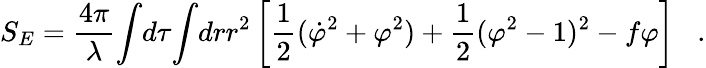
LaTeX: S_{E}=\frac{4\pi}{\lambda}{\int}d\tau{\int}drr^{2}\left[\frac{1}{2}(\dot{\varphi}^{2}+{\varphi}^{2})+\frac{1}{2}({\varphi}^{2}-1)^{2}-f{\varphi}\right]\; \; \; .